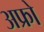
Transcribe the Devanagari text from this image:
अफ्रो